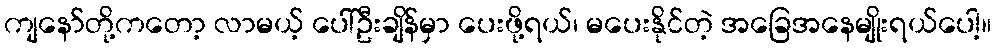
ကျနော်တို့ကတော့ လာမယ့် ပေါ်ဦးချိန်မှာ ပေးဖို့ရယ်၊ မပေးနိုင်တဲ့ အခြေအနေမျိုးရယ်ပေါ့။